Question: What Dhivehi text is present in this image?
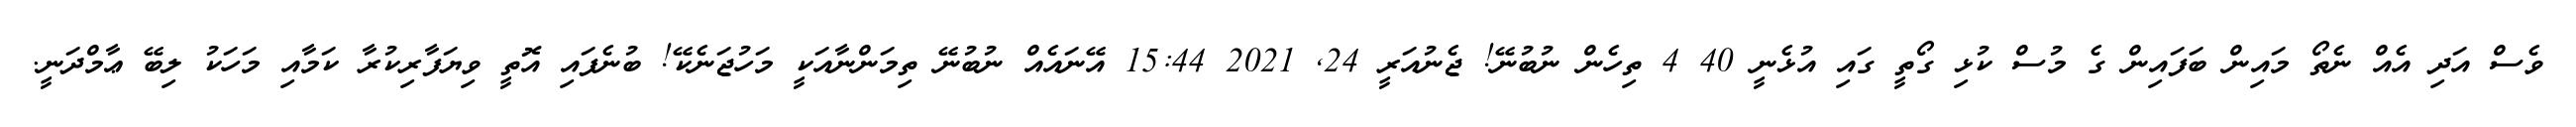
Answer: ވެސް އަދި އެއް ނެތޯ މައިން ބަފައިން ގެ މުސް ކުޅި ގޯތީ ގައި އުޅެނީ 40 4 ތިހެން ނުބުނޭ! ޖެނުއަރީ 24, 2021 15:44 އޭނައެއް ނުބުނޭ ތިމަންނާއަކީ މަހުޖަނެކޭ! ބުނެފައި އޮތީ ވިޔަފާރިކުރާ ކަމާއި މަހަކު ލިބޭ ޢާމްދަނީ.